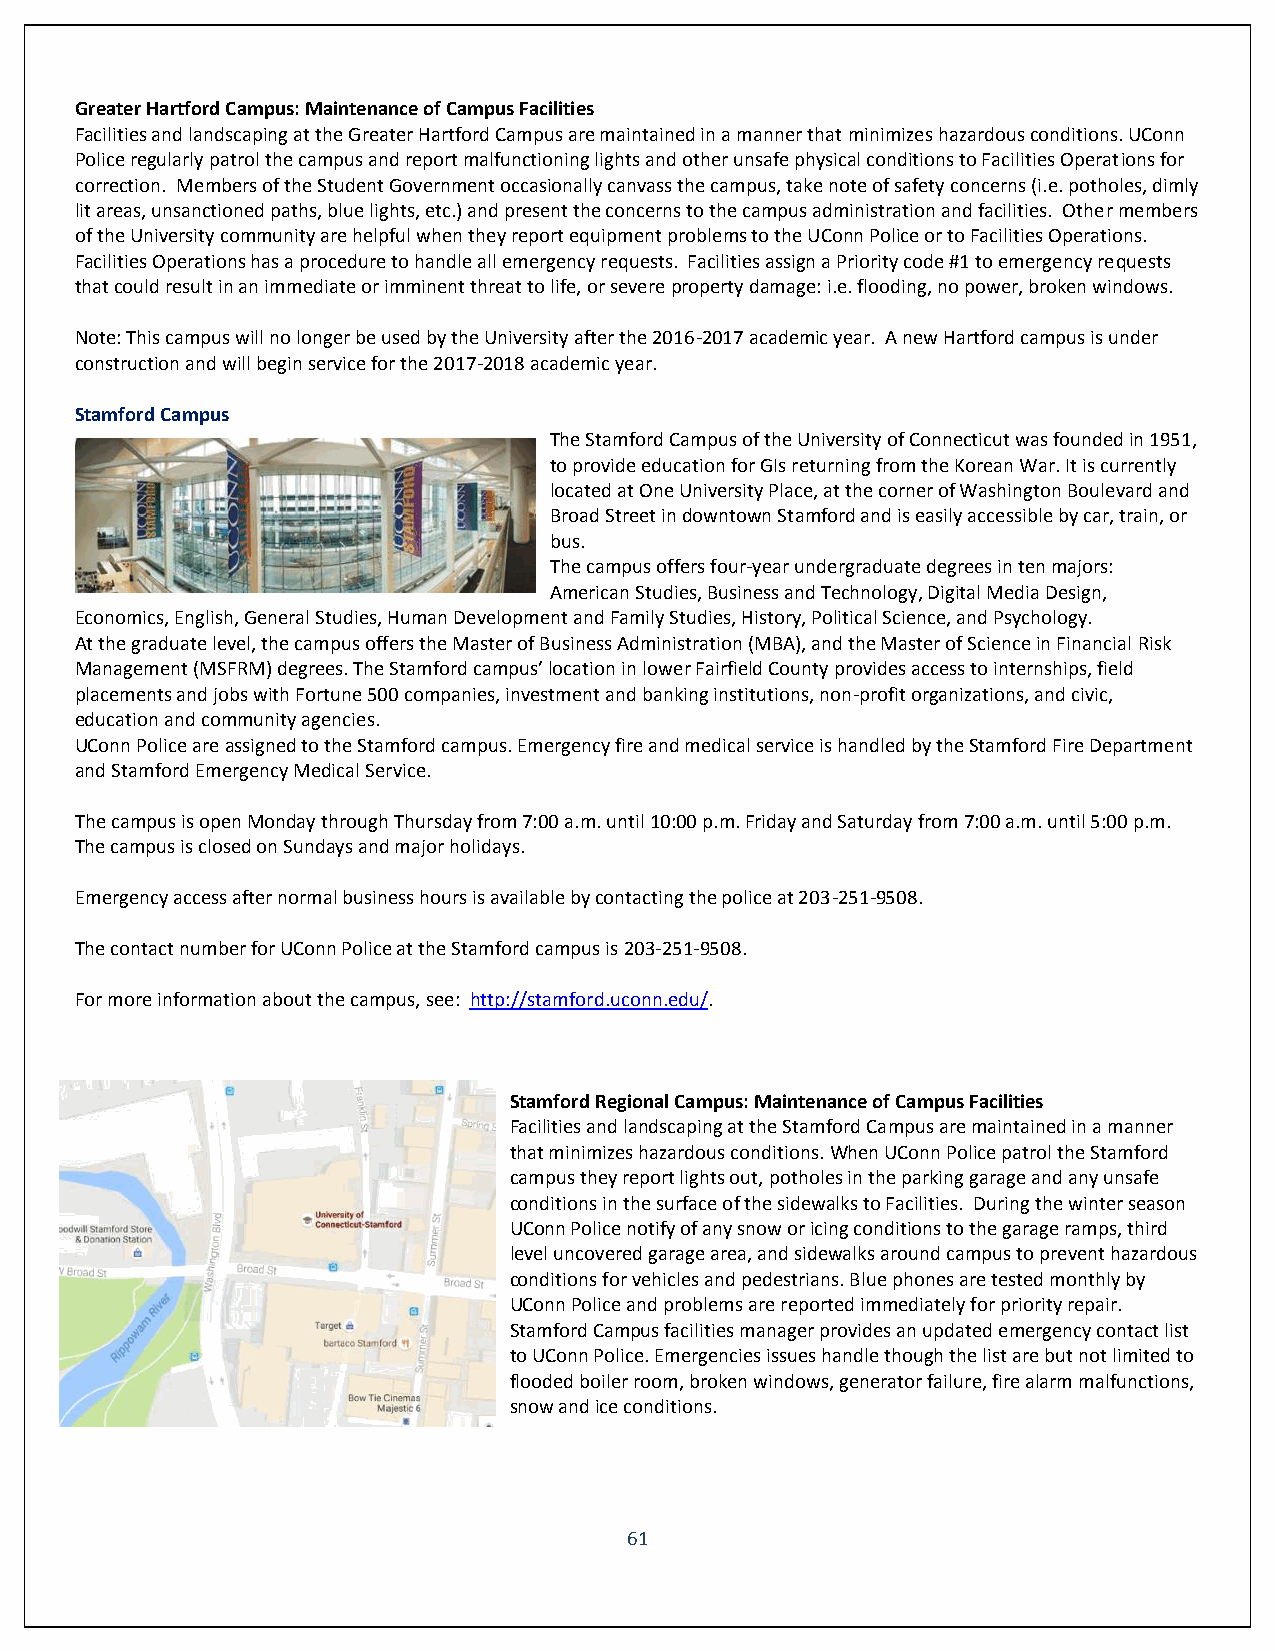
Greater Hartford Campus: Maintenance of Campus Facilities
 Facilities and landscaping at the Greater Hartford Campus are maintained in a manner that minimizes hazardous conditions. UConn
 Police regularly patrol the campus and report malfunctioning lights and other unsafe physical conditions to Facilities Operations for
 correction. Members of the Student Government occasionally canvass the campus, take note of safety concerns (i.e. potholes, dimly
 lit areas, unsanctioned paths, blue lights, etc.) and present the concerns to the campus administration and facilities. Other members
 of the University community are helpful when they report equipment problems to the UConn Police or to Facilities Operations.
 Facilities Operations has a procedure to handle all emergency requests. Facilities assign a Priority code #1 to emergency requests
 that could result in an immediate or imminent threat to life, or severe property damage: i.e. flooding, no power, broken windows.
 Note: This campus will no longer be used by the University after the 2016-2017 academic year. A new Hartford campus is under
 construction and will begin service for the 2017-2018 academic year.
 Stamford Campus
 The Stamford Campus of the University of Connecticut was founded in 1951,
 to provide education for GIs returning from the Korean War. It is currently
 located at One University Place, at the corner of Washington Boulevard and
 Broad Street in downtown Stamford and is easily accessible by car, train, or
 bus.
 The campus offers four-year undergraduate degrees in ten majors:
 American Studies, Business and Technology, Digital Media Design,
 Economics, English, General Studies, Human Development and Family Studies, History, Political Science, and Psychology.
 At the graduate level, the campus offers the Master of Business Administration (MBA), and the Master of Science in Financial Risk
 Management (MSFRM) degrees. The Stamford campus’ location in lower Fairfield County provides access to internships, field
 placements and jobs with Fortune 500 companies, investment and banking institutions, non-profit organizations, and civic,
 education and community agencies.
 UConn Police are assigned to the Stamford campus. Emergency fire and medical service is handled by the Stamford Fire Department
 and Stamford Emergency Medical Service.
 The campus is open Monday through Thursday from 7:00 a.m. until 10:00 p.m. Friday and Saturday from 7:00 a.m. until 5:00 p.m.
 The campus is closed on Sundays and major holidays.
 Emergency access after normal business hours is available by contacting the police at 203-251-9508.
 The contact number for UConn Police at the Stamford campus is 203-251-9508.
 For more information about the campus, see: http://stamford.uconn.edu/.
 Stamford Regional Campus: Maintenance of Campus Facilities
 Facilities and landscaping at the Stamford Campus are maintained in a manner
 that minimizes hazardous conditions. When UConn Police patrol the Stamford
 campus they report lights out, potholes in the parking garage and any unsafe
 conditions in the surface of the sidewalks to Facilities. During the winter season
 UConn Police notify of any snow or icing conditions to the garage ramps, third
 level uncovered garage area, and sidewalks around campus to prevent hazardous
 conditions for vehicles and pedestrians. Blue phones are tested monthly by
 UConn Police and problems are reported immediately for priority repair.
 Stamford Campus facilities manager provides an updated emergency contact list
 to UConn Police. Emergencies issues handle though the list are but not limited to
 flooded boiler room, broken windows, generator failure, fire alarm malfunctions,
 snow and ice conditions.
 61